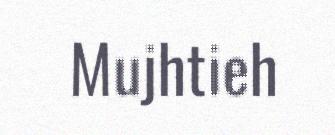
Mujhtieh